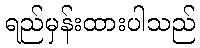
ရည်မှန်းထားပါသည်